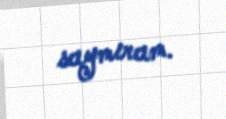
saymıram.